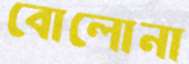
বোলোনা